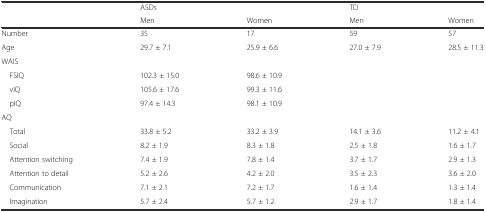
<table><thead><tr><td></td><td colspan="2"><b>ASDs</b></td><td colspan="2"><b>TD</b></td></tr><tr><td></td><td><b>Men</b></td><td><b>Women</b></td><td><b>Men</b></td><td><b>Women</b></td></tr></thead><tbody><tr><td>Number</td><td>35</td><td>17</td><td>59</td><td>57</td></tr><tr><td>Age</td><td>29.7 ± 7.1</td><td>25.9 ± 6.6</td><td>27.0 ± 7.9</td><td>28.5 ± 11.3</td></tr><tr><td>WAIS</td><td></td><td></td><td></td><td></td></tr><tr><td> FSIQ</td><td>102.3 ± 15.0</td><td>98.6 ± 10.9</td><td></td><td></td></tr><tr><td> vIQ</td><td>105.6 ± 17.6</td><td>99.3 ± 11.6</td><td></td><td></td></tr><tr><td> pIQ</td><td>97.4 ± 14.3</td><td>98.1 ± 10.9</td><td></td><td></td></tr><tr><td>AQ</td><td></td><td></td><td></td><td></td></tr><tr><td> Total</td><td>33.8 ± 5.2</td><td>33.2 ± 3.9</td><td>14.1 ± 3.6</td><td>11.2 ± 4.1</td></tr><tr><td> Social</td><td>8.2 ± 1.9</td><td>8.3 ± 1.8</td><td>2.5 ± 1.8</td><td>1.6 ± 1.7</td></tr><tr><td> Attention switching</td><td>7.4 ± 1.9</td><td>7.8 ± 1.4</td><td>3.7 ± 1.7</td><td>2.9 ± 1.3</td></tr><tr><td> Attention to detail</td><td>5.2 ± 2.6</td><td>4.2 ± 2.0</td><td>3.5 ± 2.3</td><td>3.6 ± 2.0</td></tr><tr><td> Communication</td><td>7.1 ± 2.1</td><td>7.2 ± 1.7</td><td>1.6 ± 1.4</td><td>1.3 ± 1.4</td></tr><tr><td> Imagination</td><td>5.7 ± 2.4</td><td>5.7 ± 1.2</td><td>2.9 ± 1.7</td><td>1.8 ± 1.4</td></tr></tbody></table>